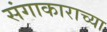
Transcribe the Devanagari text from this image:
संगाकाराच्या